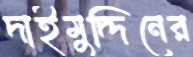
দাইমুদ্দিনের